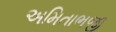
અમિતાભજી